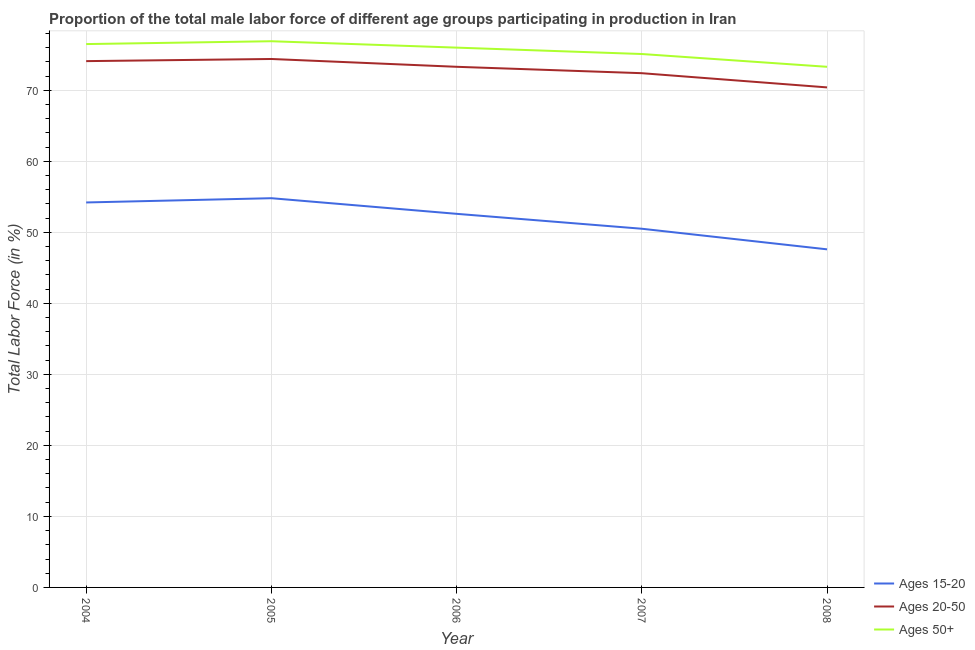
| Year | Ages 15-20 | Ages 20-50 | Ages 50+ |
 | --- | --- | --- | --- |
 | 2004 | 54.2 | 74.1 | 76.5 |
 | 2005 | 54.8 | 74.4 | 76.9 |
 | 2006 | 52.6 | 73.3 | 76 |
 | 2007 | 50.5 | 72.4 | 75.1 |
 | 2008 | 47.6 | 70.4 | 73.3 |